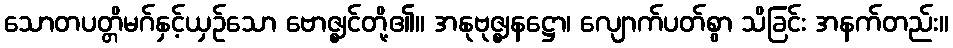
သောတပတ္တိမဂ်နှင့်ယှဉ်သော ဗောဇ္ဈင်တို့၏။ အနုဗုဇ္ဈနဋ္ဌော၊ လျောက်ပတ်စွာ သိခြင်း အနက်တည်း။